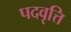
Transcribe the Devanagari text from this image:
पदवृत्ति